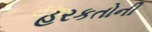
હરકતોની